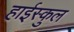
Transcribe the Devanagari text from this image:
हाईस्कुल